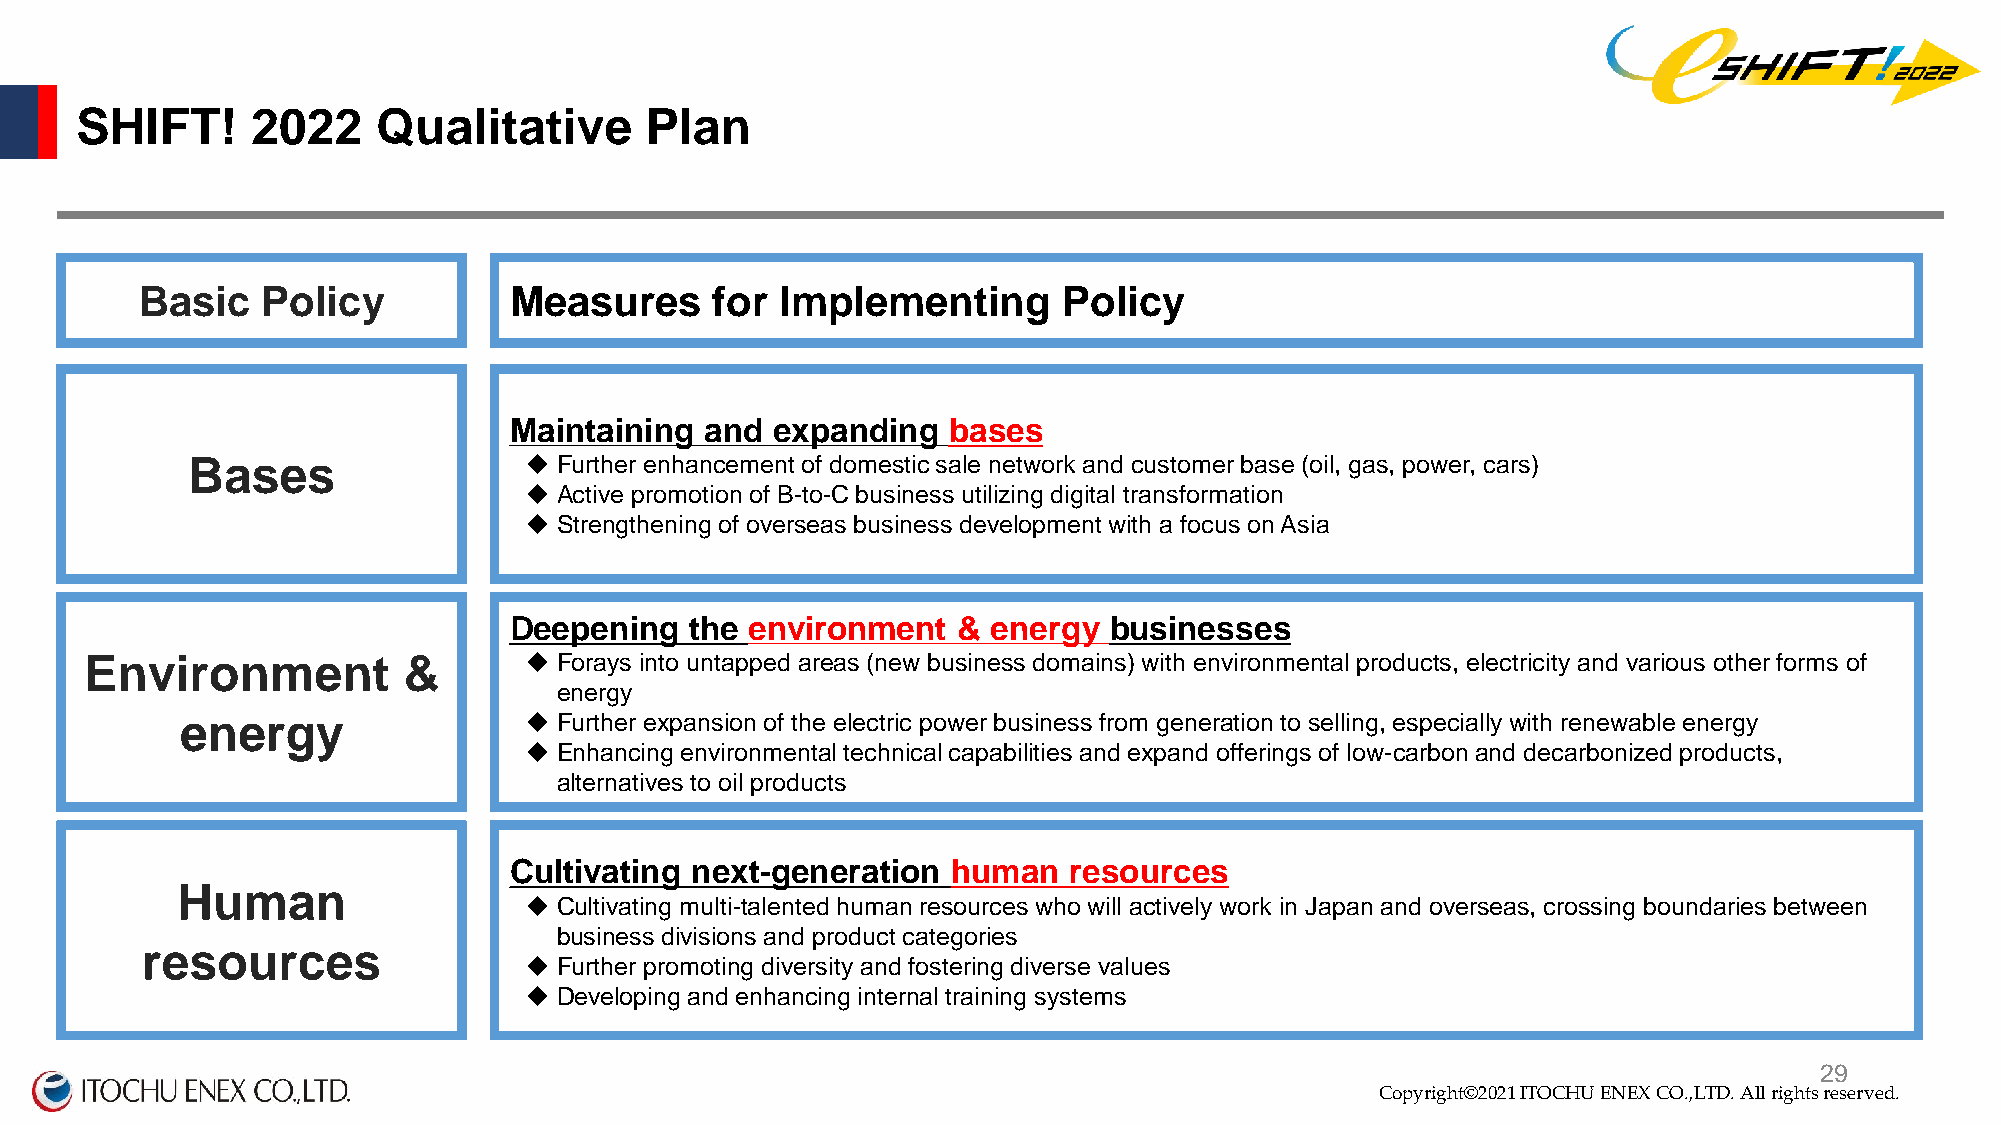
SHIFT!      2022    Qualitative       Plan
 Basic   Policy           Measures     for  Implementing      Policy
 Maintaining  and expanding   bases
 Bases                   Further enhancement of domestic sale network and customer base (oil, gas, power, cars)
  Active promotion of B-to-C business utilizing digital transformation
  Strengthening of overseas business development with a focus on Asia
 Deepening   the environment  &  energy businesses
 Environment          &        Forays into untapped areas (new business domains) with environmental products, electricity and various other forms of
 energy
 energy                  Further expansion of the electric power business from generation to selling, especially with renewable energy
  Enhancing environmental technical capabilities and expand offerings of low-carbon and decarbonized products,
 alternatives to oil products
 Cultivating next-generation  human   resources
 Human
  Cultivating multi-talented human resources who will actively work in Japan and overseas, crossing boundaries between
 business divisions and product categories
 resources
  Further promoting diversity and fostering diverse values
  Developing and enhancing internal training systems
 Copyright©2020 ITOCHU ENEX CO.,LTD. All right2s 9reserved.
 Copyright©2021 ITOCHU ENEX CO.,LTD. All rights reserved.